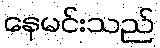
နေမင်းသည်